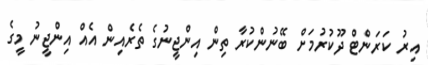
އިރު ކަރަންޓް ދޫކުރުމަށް ބޭނުންކުރާ ތިން އިންޖީނުގެ ތެރެއިން އެއް އިންޖީނު މީގެ